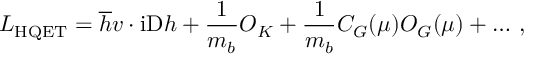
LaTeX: { \cal L } _ { \mathrm { H Q E T } } = \overline { { h } } v \cdot \mathrm { i D } h + { \frac { 1 } { m _ { b } } } { \cal O } _ { K } + { \frac { 1 } { m _ { b } } } C _ { G } ( \mu ) { \cal O } _ { G } ( \mu ) + \dots \, ,